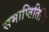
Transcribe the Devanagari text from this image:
समाप्तितिथि